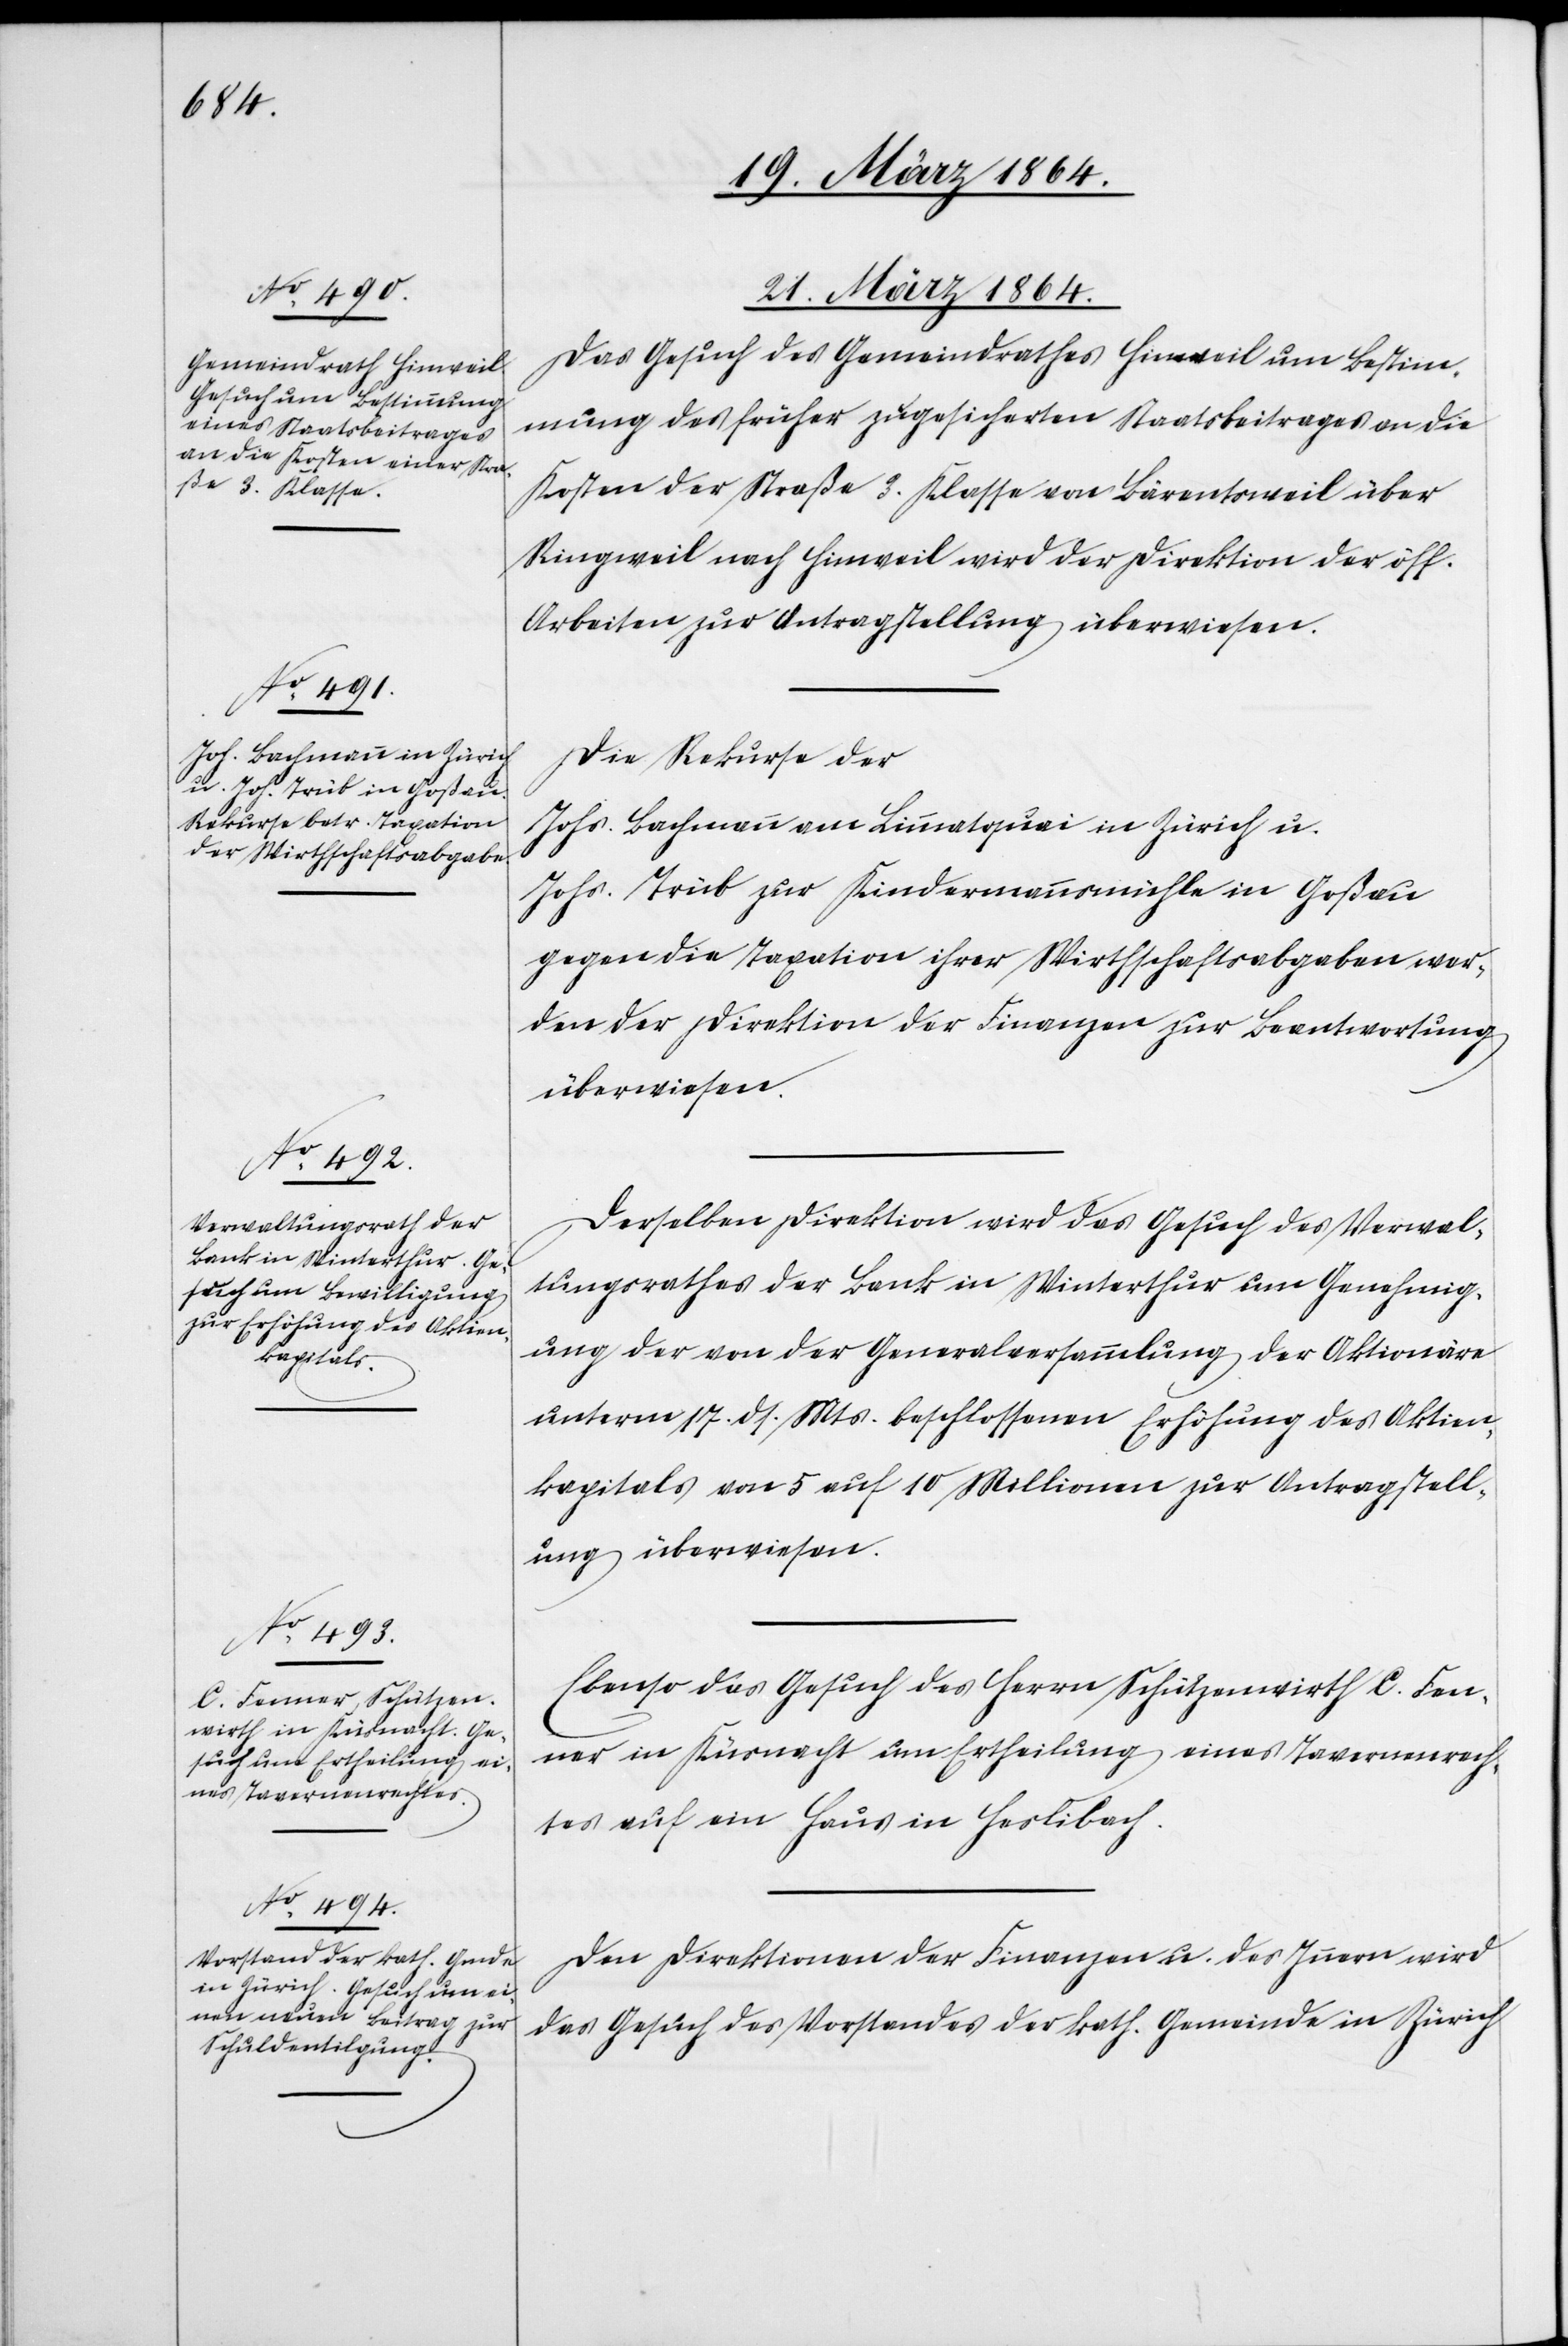
21. März 1864.]
Das Gesuch des Gemeindrathes Hinweil um Bestim¬
mung des früher zugesicherten Staatsbeitrages an die
Kosten der Straße 3. Klasse von Bärentsweil über
Ringweil nach Hinweil wird der Direktion der öff.
Arbeiten zur Antragstellung überwiesen.
Die Rekurse der
Johs. Bachmann am Limmatquai in Zürich u.
Johs. Trüb zur Kindermannsmühle in Goßau
gegen die Taxation ihrer Wirthschaftsabgaben wer¬
den der Direktion der Finanzen zur Beantwortung
überwiesen.
Derselben Direktion wird das Gesuch des Verwal¬
tungsrathes der Bank in Winterthur um Genehmig¬
ung der von der Generalversammlung der Aktionäre
unterm 17. ds. Mts. beschlossenen Erhöhung des Aktien¬
kapitals von 5 auf 10 Millionen zur Antragstell¬
ung überwiesen.
Ebenso das Gesuch des Herrn Schützenwirth C. Fen¬
ner in Küsnacht um Ertheilung eines Tavernenrech¬
tes auf ein Haus in Haslibach.
Den Direktionen der Finanzen u. des Innern wird
das Gesuch des Vorstandes der kath. Gemeinde in Zürich